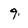
Character: 9